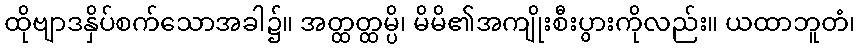
ထိုဗျာဒနှိပ်စက်သောအခါ၌။ အတ္ထတ္ထမ္ပိ၊ မိမိ၏အကျိုးစီးပွားကိုလည်း။ ယထာဘူတံ၊